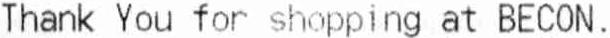
THANK YOU FOR SHOPPING AT BECON.